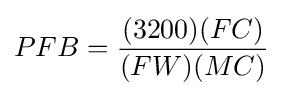
PFB={\frac {(3200)(FC)}{(FW)(MC)}}